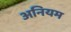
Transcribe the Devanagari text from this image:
अनियम